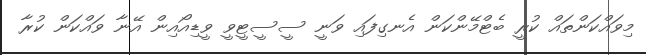
މިވައްކަންތައް ކުރީ ބެޓްމޭންކަން އެނގިފައި ވަނީ ސީސީޓީވީ ވީޑިއޯއިން އޭނާ ވައްކަން ކުރާ